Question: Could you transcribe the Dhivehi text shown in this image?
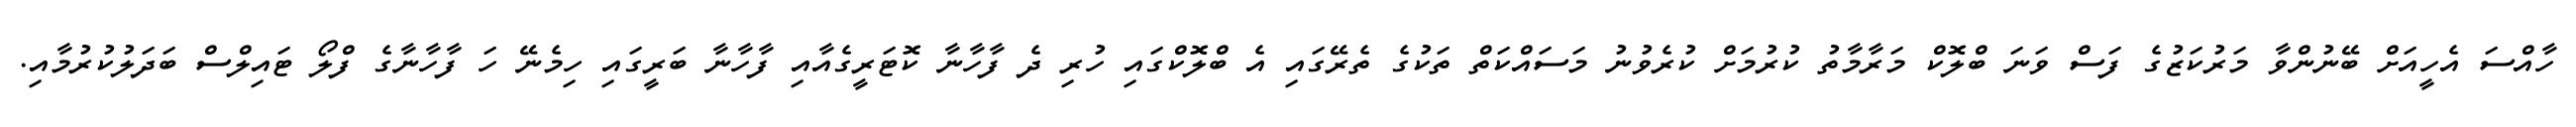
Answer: ހާއްސަ އެހީއަށް ބޭނުންވާ މަރުކަޒުގެ ފަސް ވަނަ ބްލޮކް މަރާމާތު ކުރުމަށް ކުރެވުނު މަސައްކަތް ތަކުގެ ތެރޭގައި އެ ބްލޮކްގައި ހުރި ދެ ފާހާނާ ކޮޓަރީގެއާއި ފާހާނާ ބަރީގައި ހިމެނޭ ހަ ފާހާނާގެ ފްލޯ ޓައިލްސް ބަދަލުކުރުމާއި.